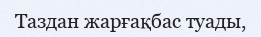
Таздан жарғақбас туады,